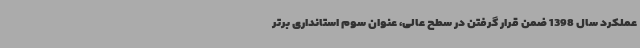
عملکرد سال 1398 ضمن قرار گرفتن در سطح عالی، عنوان سوم استانداری برتر